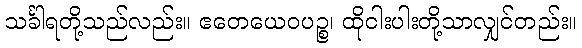
သင်္ခါရတို့သည်လည်း။ ဧတေယေဝပဉ္စ၊ ထိုငါးပါးတို့သာလျှင်တည်း။